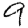
Digit: 9